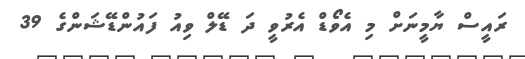
ރައީސް ޔާމީނަށް މި އެވޯޑް އެރުވީ ދަ ޑޭލް ވިއު ފައުންޑޭޝަންގެ 39